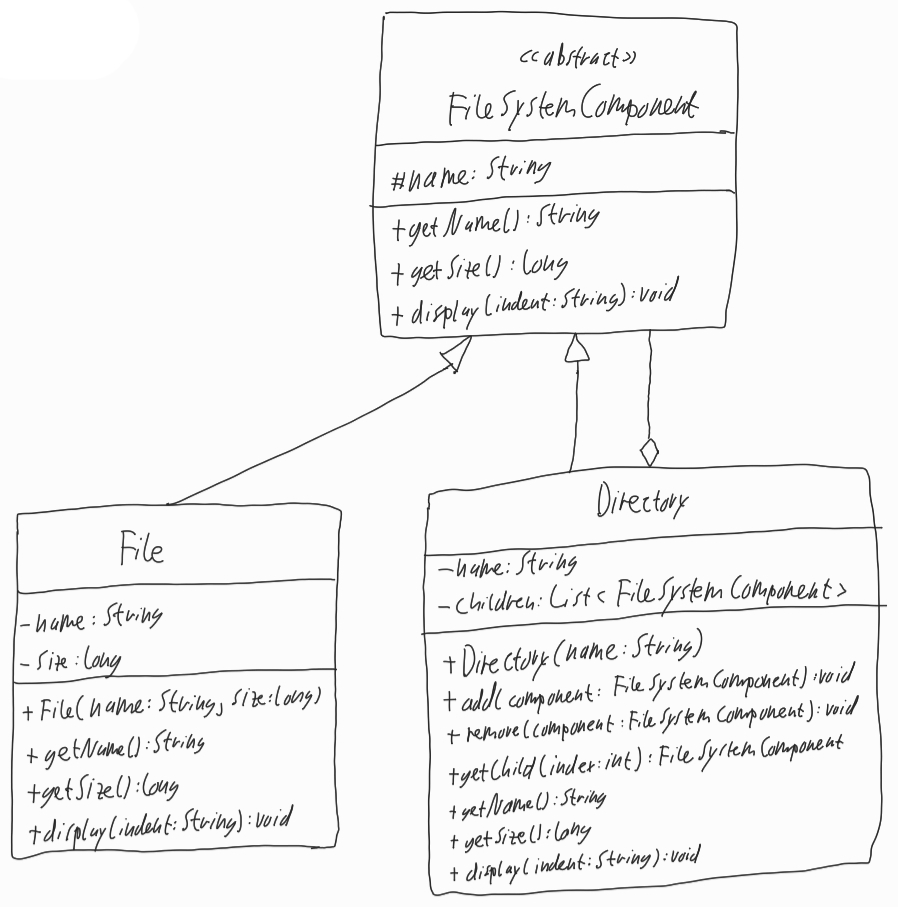
Diagram type: class_diagram
```plantuml
@startuml

abstract FileSystemComponent {
  # name: String
  + getName(): String
  + getSize(): long
  + display(indent: String): void
}

class Directory extends FileSystemComponent {
  - name: String
  - children: List<FileSystemComponent>
  + Directory(name: String)
  + add(component: FileSystemComponent): void
  + remove(component: FileSystemComponent): void
  + getChild(index: int): FileSystemComponent
  + getName(): String
  + getSize(): long
  + display(indent: String): void
}

Directory o-- FileSystemComponent

class File extends FileSystemComponent {
  - name: String
  - size: long
  + File(name: String, size: long)
  + getName(): String
  + getSize(): long
  + display(indent: String): void
}

@enduml
```